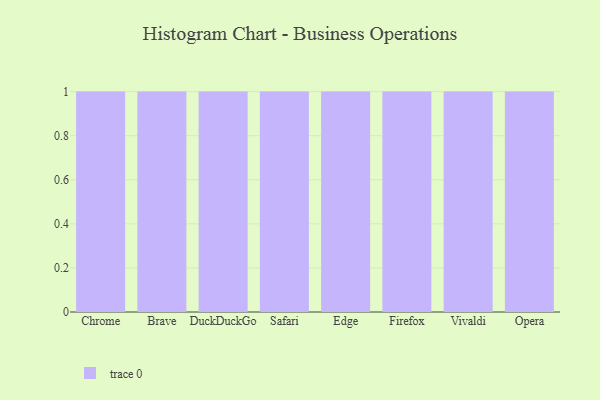
{"axis": {"x": "Browser", "y": "Energy Usage (MWh)"}, "legend": [""], "data": [{"x": "Chrome", "y": 37, "type": ""}, {"x": "Brave", "y": 38, "type": ""}, {"x": "DuckDuckGo", "y": 61, "type": ""}, {"x": "Safari", "y": 48, "type": ""}, {"x": "Edge", "y": 75, "type": ""}, {"x": "Firefox", "y": 70, "type": ""}, {"x": "Vivaldi", "y": 90, "type": ""}, {"x": "Opera", "y": 66, "type": ""}]}